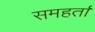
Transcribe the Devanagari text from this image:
समहर्ता